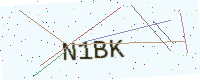
Text: N1BK